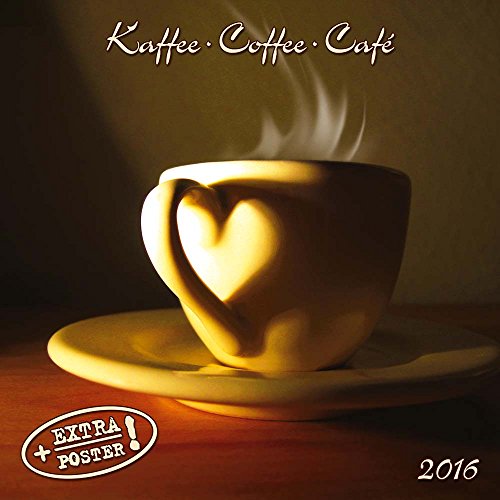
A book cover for Coffee (161075) (English, Spanish, French, Italian and German Edition); Tushita; Calendars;